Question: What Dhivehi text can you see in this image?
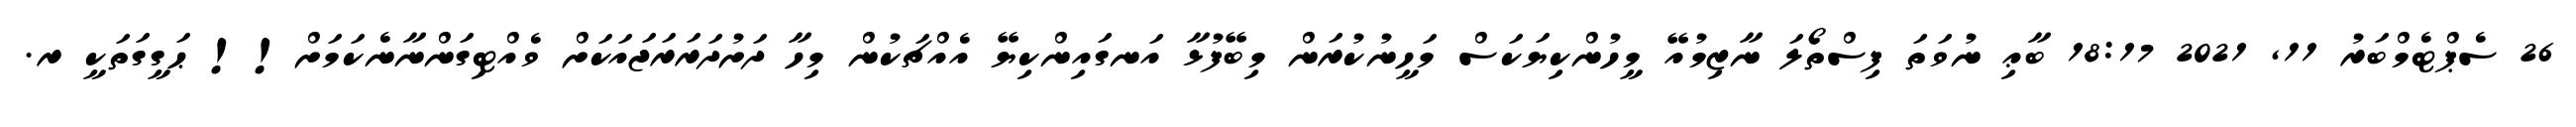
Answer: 26 ސެޕްޓެމްބަރު 11, 2021 18:17 ބާޢި ނުވަތަ ފިސްތޯލަ ނާޒިމުއޭ މީހުންކިޔަކަސް މަހީނުކުރަން މިބޭފުޅާ އަނގައިންކިޔޭ އެއްޗަކުން މިހާ ދަށުދަރަރަޖައަކަށް ވެއްޓިގަންނާނެކަމަށް!! ޙަގީގަތަކީ ރ.